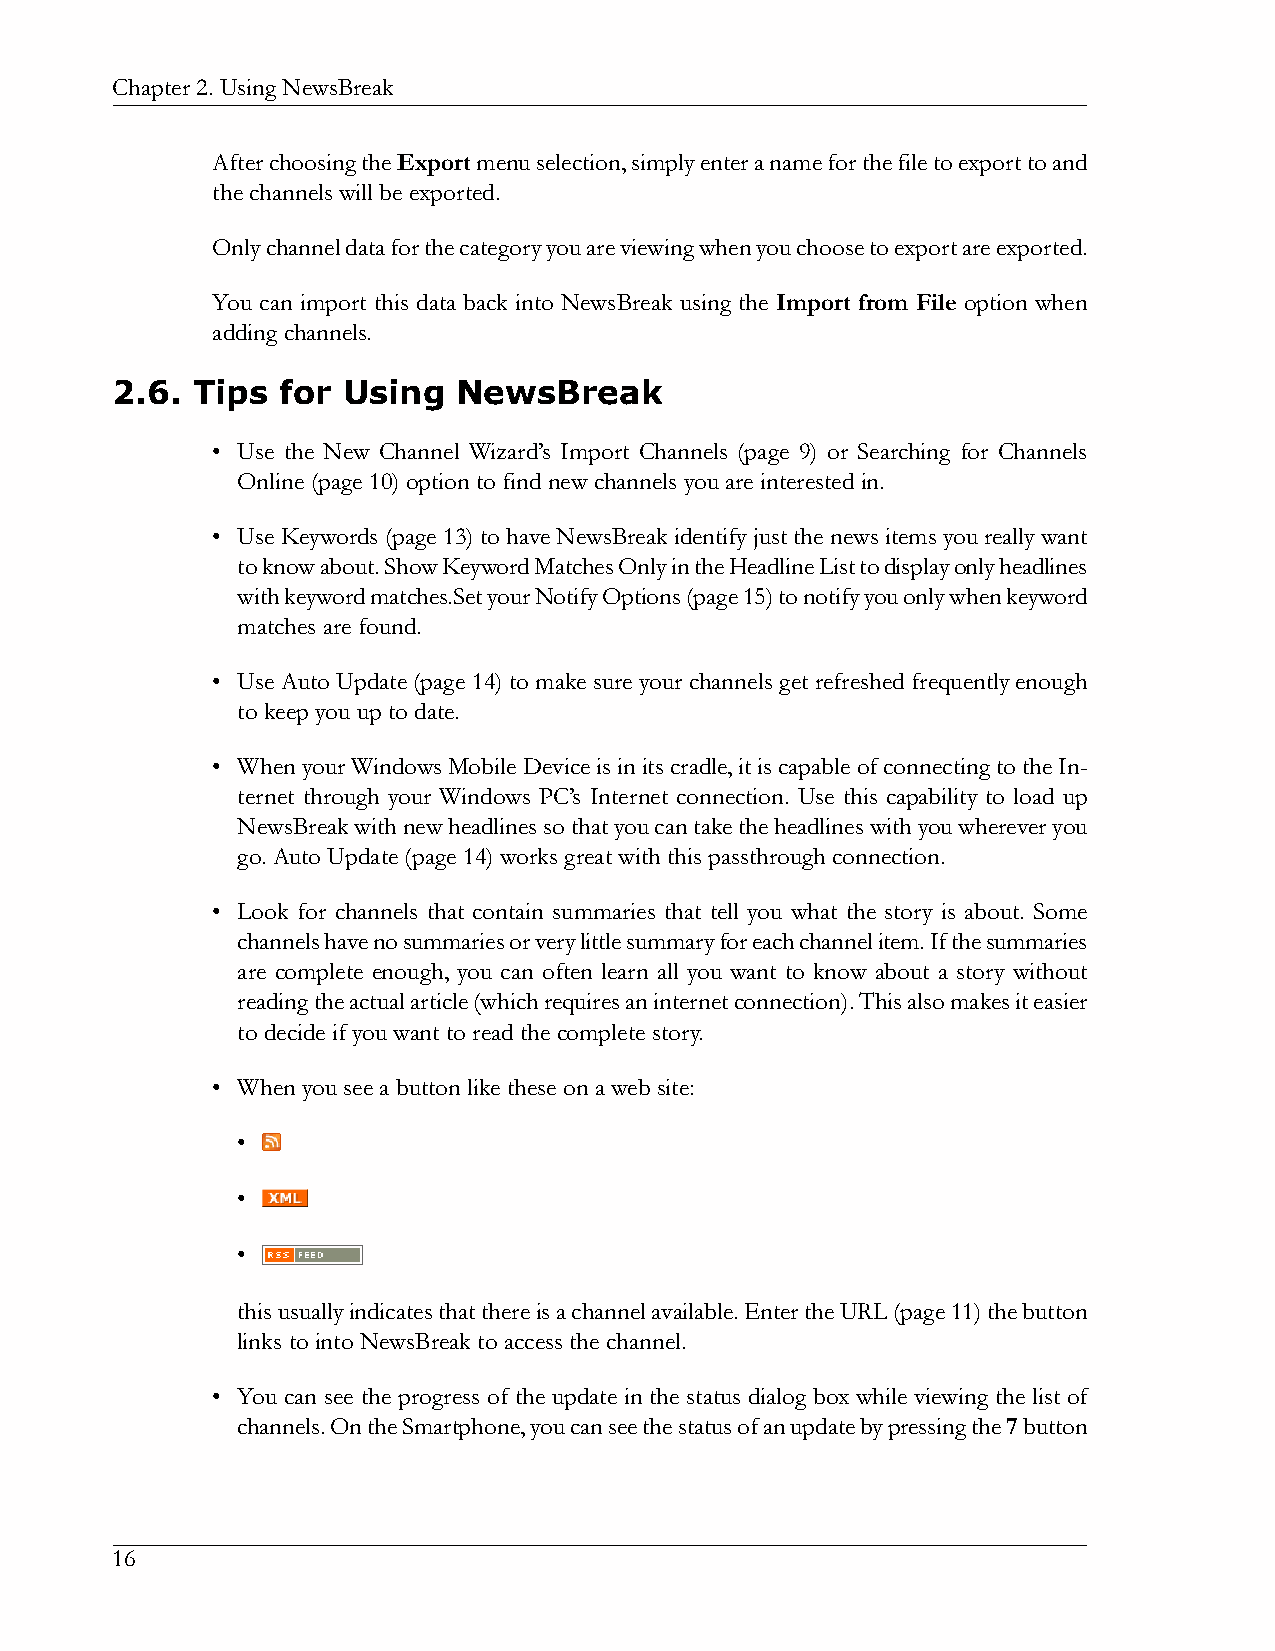
Chapter2.UsingNewsBreak
 AfterchoosingtheExportmenuselection,simplyenteranameforthefiletoexporttoand
 thechannelswillbeexported.
 Onlychanneldataforthecategoryyouareviewingwhenyouchoosetoexportareexported.
 You can import this data back into NewsBreak using the Import from File option when
 addingchannels.
 2.6.  Tips  for Using  NewsBreak
 • Use the New Channel Wizard’s Import Channels (page 9) or Searching for Channels
 Online(page10)optiontofindnewchannelsyouareinterestedin.
 • UseKeywords(page13)tohaveNewsBreakidentifyjustthenewsitemsyoureallywant
 toknowabout.ShowKeywordMatchesOnlyintheHeadlineListtodisplayonlyheadlines
 withkeywordmatches.SetyourNotifyOptions(page15)tonotifyyouonlywhenkeyword
 matchesarefound.
 • Use Auto Update (page 14) to make sure your channels get refreshed frequently enough
 tokeepyouuptodate.
 • WhenyourWindowsMobileDeviceisinitscradle,itiscapableofconnectingtotheIn-
 ternet through your Windows PC’s Internet connection. Use this capability to load up
 NewsBreakwithnewheadlinessothatyoucantaketheheadlineswithyouwhereveryou
 go.AutoUpdate(page14)worksgreatwiththispassthroughconnection.
 • Look for channels that contain summaries that tell you what the story is about. Some
 channelshavenosummariesorverylittlesummaryforeachchannelitem.Ifthesummaries
 are complete enough, you can often learn all you want to know about a story without
 readingtheactualarticle(whichrequiresaninternetconnection).Thisalsomakesiteasier
 todecideifyouwanttoreadthecompletestory.
 • Whenyouseeabuttonliketheseonawebsite:
 •
 •
 •
 thisusuallyindicatesthatthereisachannelavailable.EntertheURL(page11)thebutton
 linkstointoNewsBreaktoaccessthechannel.
 • You can see the progress of the update in the status dialog box while viewing the list of
 channels.OntheSmartphone,youcanseethestatusofanupdatebypressingthe7button
 16